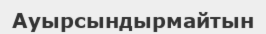
Ауырсындырмайтын